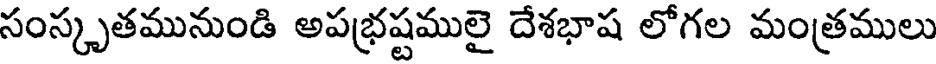
సంస్కృతమునుండి అపభ్రష్టములై దేశభాష లోగల మంత్రములు